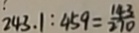
2 4 3 . 1 : 4 5 9 = \frac { 1 4 3 } { 2 7 0 }